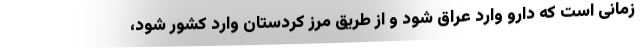
زمانی است که دارو وارد عراق شود و از طریق مرز کردستان وارد کشور شود،